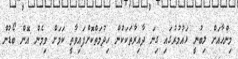
މިންހާއަށް ލިބުނީ ޅައުމުރުގައި ގިނަ ދާއިރާތަކަކުން ހިދުމަތްކޮށްފައިވާތީ ކަމަށް ވިމެން އޮން ބޯޑުން